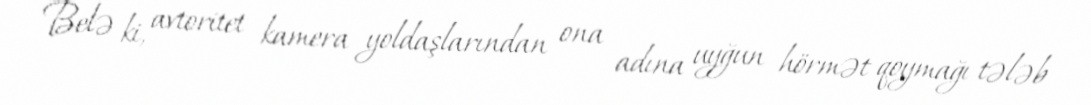
Belə ki, avtoritet kamera yoldaşlarından ona adına uyğun hörmət qoymağı tələb